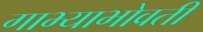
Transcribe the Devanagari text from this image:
गाभ्याभोवती